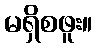
မရှိစဖူး။